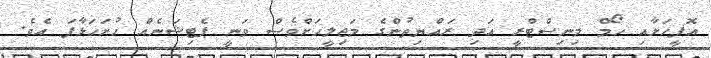
އޮފީހަށާއި ހޯމް މިނިސްޓްރީ އަދި ރައްޔިތުންގެ މަޖިލީހަށްވެސް ވަނީ ޕެޓިޝަނެއް ހުށަހަޅާފަ އެވެ.